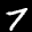
Label: 7